Vaccination report Assam 1874-1896 - 1874-1896
Year: 1874
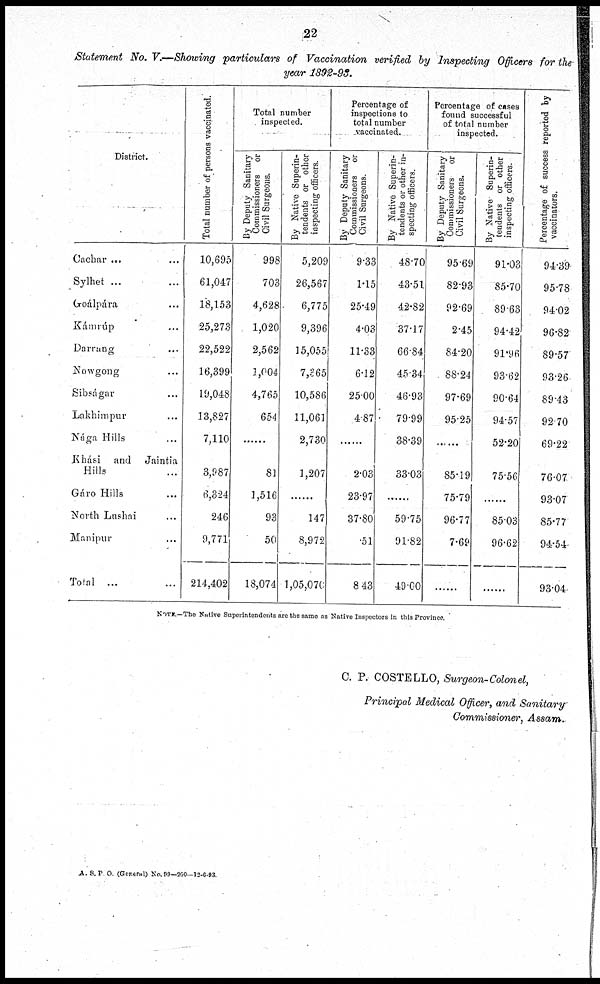
22
Statement No. V.—Showing particulars of Vaccination verified by Inspecting Officers for the
year 1892-93.
District.
Cachar ... ...
Sylhet ... ...
Groálpára ...
Kámrúp ...
Darrung ...
Nowgong ...
Sibságar ...
Lakhimpur ...
Nága Hills ...
Khási and Jaintia
Hills ...
Gáro Hills ...
North Lushai ...
Manipur ...
Total ... ...
Total number of persons vaccinated.
10,695
61,047
18,153
25,273
22,522
16,399
19,048
13,827
7,110
3,987
6,324
246
9,771
214,402
Total number
inspected.
By Deputy Sanitary
Commissioners or
Civil Surgeons.
998
703
4,628
1,020
2,562
1,004
4,765
654
......
81
1,516
93
50
18,074
By Native Superin-
tendents or other
inspecting officers.
5,209
26,567
6,775
9,396
15,055
7,365
10,586
11,061
2,730
1,207
......
147
8,972
1,05,070
Percentage of
inspections to
total number
vaccinated.
By Deputy Sanitary
Commissioners or
Civil Surgeons.
9.33
1.15
25.49
4.03
11.33
6.12
25.00
4.87
......
2.03
23.97
37.80
.51
8.43
By Native Superin-
tendents or other in-
specting officers.
48.70
43.51
42.82
37.17
66.84
45.34
46.93
79.99
38.39
33.03
......
59.75
91.82
49.00
Percentage of cases
found successful
of total number
inspected.
By Deputy Sanitary
Commissioners or
Civil Surgeons.
95.69
82.93
92.69
2.45
84.20
88.24
97.69
95.25
......
85.19
75.79
96.77
7.69
......
By Native Superin-
tendents or other
inspecting officers.
91.03
85.70
89.63
94.42
91.96
93.62
90.64
94.57
52.20
75.56
......
85.03
96.62
......
Percentage of success reported by
vaccinators.
94.39
95.78
94.02
96.82
89.57
93.26
89.43
92.70
69.22
76.07
93.07
85.77
94.54
93.04
NOTE.—The Native Superintendents are the same as Native Inspectors in this Province.
C. P. COSTELLO, Surgeon-Colonel,
Principal Medical Officer, and Sanitary
Commissioner, Assam.
A.S.P O. (General) No.99—200—12-6-93